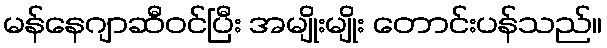
မန်နေဂျာဆီဝင်ပြီး အမျိုးမျိုး တောင်းပန်သည်။